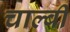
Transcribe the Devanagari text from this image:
चाल्बी